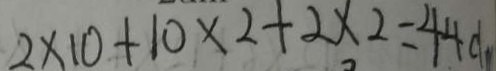
2 \times 1 0 + 1 0 \times 2 + 2 \times 2 = 4 4 d